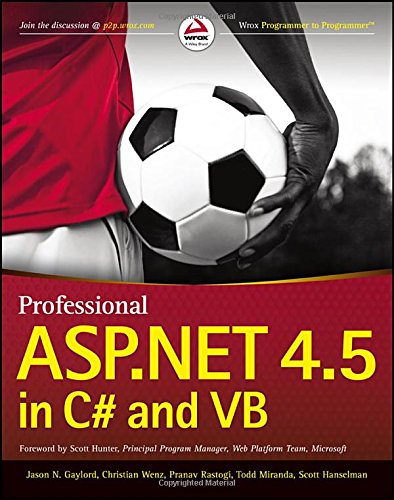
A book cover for Professional ASP.NET 4.5 in C# and VB; Jason N. Gaylord; Computers & Technology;